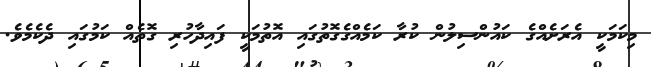
މިކަމަކީ އެރަށެއްގެ ކައުންސިލުން ކުރާ ކަމެއްގެގޮތުގައި އޮތުމަކީ ފައިދާހުރި ގޮތެއް ކަމުގައި ދެކެމެވެ.